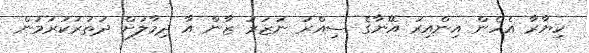
ކިޔާރާ އެހެން އިންއިރު އޭނާގެ ސިއްރު ނަޒަރު ޒާން އާ ދިމާލަށް ދަތުރުކުރަމުން